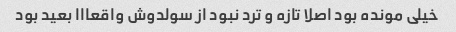
خیلی مونده بود اصلا تازه و ترد نبود از سولدوش واقعااا بعید بود